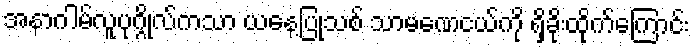
အနာဂါမ်လူပုဂ္ဂိုလ်ကသာ ယနေ့ပြုသစ် သာမဏေငယ်ကို ရှိခိုးထိုက်ကြောင်း